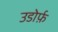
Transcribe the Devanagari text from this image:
उडोर्फ़